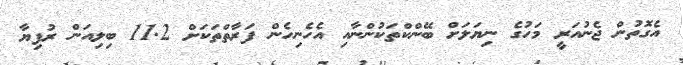
އެގޮތުން ޖެނުއަރީ މަހުގެ ނިޔަލަށް ބޭންކްތަކުންނާއި އެހެނިހެން ފަރާތްތަކަށް 11.2 ބިލިއަން ރުފިޔާ